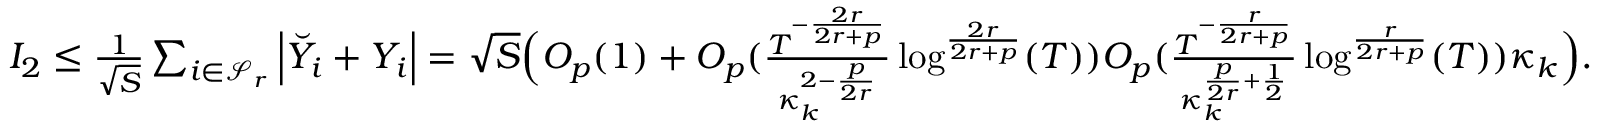
\begin{array} { r } { I _ { 2 } \le \frac { 1 } { \sqrt { S } } \sum _ { i \in { \mathcal { S } _ { r } } } \Big | \breve { Y } _ { i } + Y _ { i } \Big | = \sqrt { S } \Big ( O _ { p } ( 1 ) + O _ { p } ( \frac { T ^ { - \frac { 2 r } { 2 r + p } } } { \kappa _ { k } ^ { 2 - \frac { p } { 2 r } } } \log ^ { \frac { 2 r } { 2 r + p } } ( T ) ) O _ { p } ( \frac { T ^ { - \frac { r } { 2 r + p } } } { \kappa _ { k } ^ { \frac { p } { 2 r } + \frac { 1 } { 2 } } } \log ^ { \frac { r } { 2 r + p } } ( T ) ) \kappa _ { k } \Big ) . } \end{array}